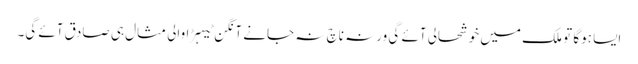
ایسا ہوگا تو ملک میں خوشحالی آئے گی ورنہ ناچ نہ جانے آنگن ٹیہڑا والی مثال ہی صادق آئے گی۔